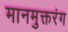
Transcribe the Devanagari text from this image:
मानमुक्तरंग